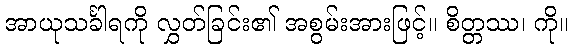
အာယုသင်္ခါရကို လွှတ်ခြင်း၏ အစွမ်းအားဖြင့်။ စိတ္တဿ၊ ကို။